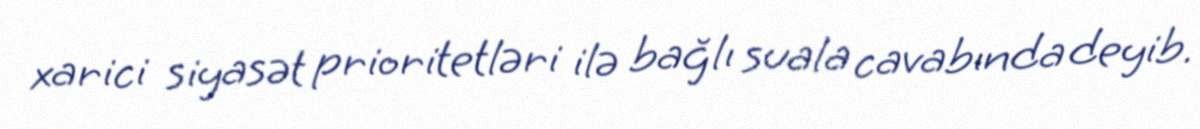
xarici siyasət prioritetləri ilə bağlı suala cavabında deyib.